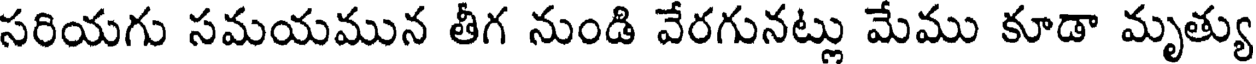
సరియగు సమయమున తీగ నుండి వేరగునట్లు మేము కూడా మృత్యు